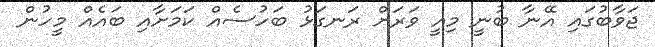
ޖަވާބުގައި އޭނާ ބުނީ މިއީ ވަރަށް ރަނގަޅު ބަހުސެއް ކަމަށާއި ބައެއް މީހުން